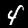
Digit: 4